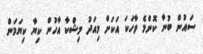
ސައުން ބުނާ ކޮންމެ ވާހަކަ އަކަށް މިއަދު މިޝްކާ އާހުން ކިޔާ ކިޔަމަން